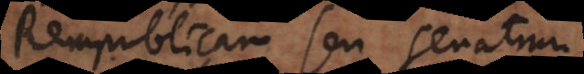
Rempublicam seu senatum.